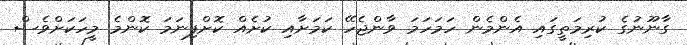
ގާނޫނުގެ ކުރިމަތީގައި އެންމެން ހަމަހަމަ ވާންޖެހޭ ކަމަށާއި ކުށެއް ކޮށްފިނަމަ ކޮންމެ މީހަކަށްވެސް